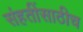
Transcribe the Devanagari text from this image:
संहतींसाठीच